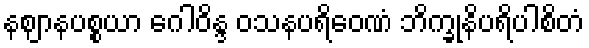
နဈာနပစ္စယာ ဂေါဝိန္ဒ ဝသနပရိဝေဏံ ဘိက္ခုနိပရိပါစိတံ